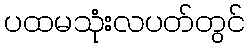
ပထမသုံးလပတ်တွင်